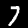
Digit: 7